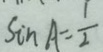
\sin A = \frac { 1 } { 2 }